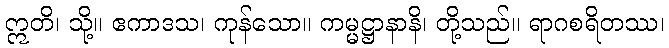
ဣတိ၊ သို့။ ဧကာဒသ၊ ကုန်သော။ ကမ္မဋ္ဌာနာနိ၊ တို့သည်။ ရာဂစရိတဿ၊